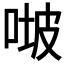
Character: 𠶊